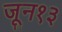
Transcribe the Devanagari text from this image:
जून१३